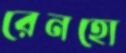
রেনহো